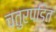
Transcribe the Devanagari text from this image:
चतुरपंडित